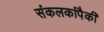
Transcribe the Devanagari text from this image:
संकलकांपैकी